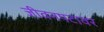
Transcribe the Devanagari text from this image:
जीवनपटावर